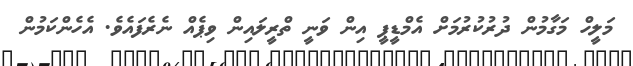
މަލީހް މަގާމުން ދުރުކުރުމަށް އެމްޑީޕީ އިން ވަނީ ތްރީލައިން ވިޕެއް ނެރެފައެވެ. އެހެންކަމުން